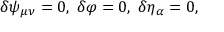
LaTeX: \delta \psi _ { \mu \nu } = 0 , \; \delta \varphi = 0 , \; \delta \eta _ { \alpha } = 0 ,